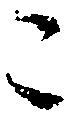
こ